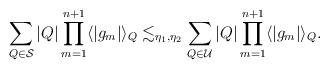
LaTeX: \begin{align*}\sum_{Q\in\mathcal{S}}|Q|\prod_{m=1}^{n+1}\langle |g_m| \rangle_Q \lesssim_{\eta_1, \eta_2} \sum_{Q\in\mathcal{U}}|Q|\prod_{m=1}^{n+1}\langle |g_m| \rangle_Q.\end{align*}